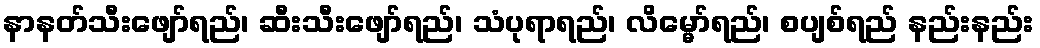
နာနတ်သီးဖျော်ရည်၊ ဆီးသီးဖျော်ရည်၊ သံပုရာရည်၊ လိမ္မော်ရည်၊ စပျစ်ရည် နည်းနည်း